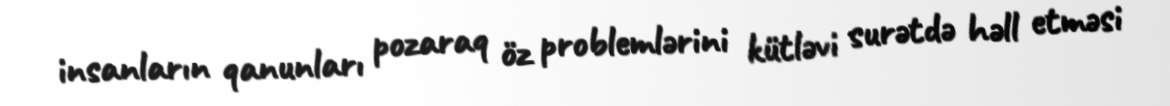
insanların qanunları pozaraq öz problemlərini kütləvi surətdə həll etməsi